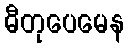
ဓီတုပေမေန